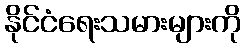
နိုင်ငံရေးသမားများကို